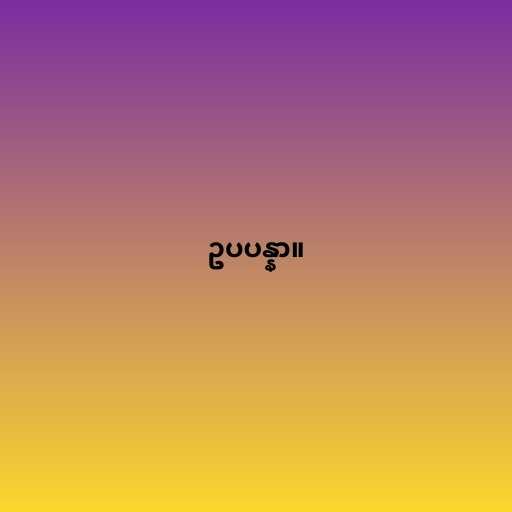
ဥပပန္နာ။